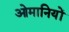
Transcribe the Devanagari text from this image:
ओमानियों